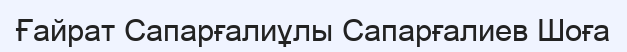
Ғайрат Сапарғалиұлы Сапарғалиев Шоға